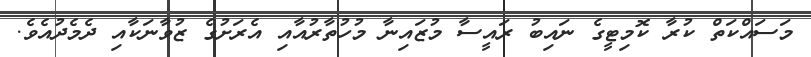
މަސައްކަތް ކުރާ ކޮމިޓީގެ ނައިބު ރައީސާ މުޒައިނާ މުހުތާރުއާއި އެރަށުގެ ޒުވާނަކާއި ދެމެދުއެވެ.